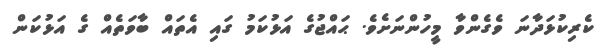
ކެރިކުޅަދާނަ ވެގެންވާ މީހުންނަށެވެ. ޙައްޖުގެ އަޅުކަމު ގައި އެތައް ބާވަތެއް ގެ އަޅުކަން